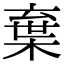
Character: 𣓪